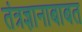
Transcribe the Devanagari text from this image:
तंत्रज्ञानाबाबत